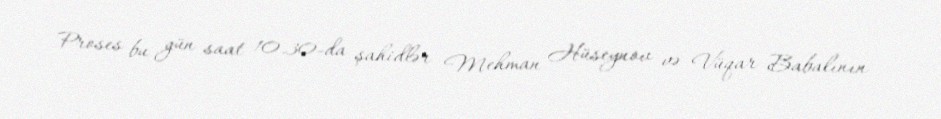
Proses bu gün saat 10.30-da şahidlər Mehman Hüseynov və Vüqar Babalının